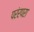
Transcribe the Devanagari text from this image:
परंरपरा